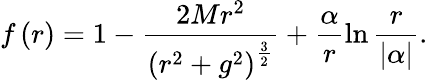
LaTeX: f\left(r\right)=1-\frac{2Mr^{2}}{\left(r^{2}+g^{2}\right)^{\frac{3}{2}}}+\frac{\alpha}{r}\ln{\frac{r}{\vert\alpha\vert}}.